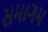
સમાગમ